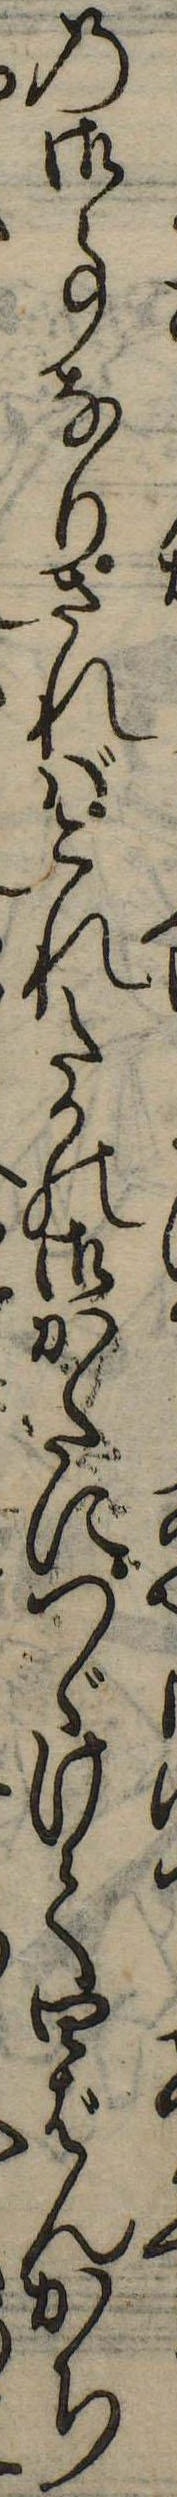
の御事なりさればこれたかの御かたにつゞけて四ばんかち